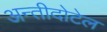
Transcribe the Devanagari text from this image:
अन्तीदोटेल